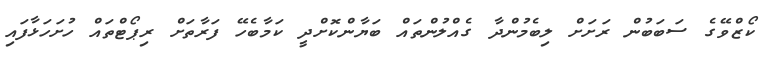
ކޯޒްވޭގެ ސަބަބުން ރަށަށް ލިބެމުންދާ ގެއްލުންތައް ބަޔާންކޮށްދީ ކަމާބެހޭ ފަރާތަށް ރިޕޯޓްތައް ހުށަހަޅާފައި